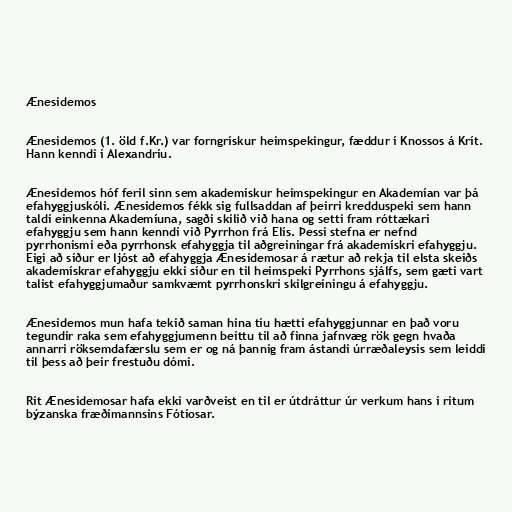
Ænesidemos

Ænesidemos (1. öld f.Kr.) var forngrískur heimspekingur, fæddur í Knossos á Krít.
Hann kenndi í Alexandríu.

Ænesidemos hóf feril sinn sem akademískur heimspekingur en Akademían var þá
efahyggjuskóli. Ænesidemos fékk sig fullsaddan af þeirri kredduspeki sem hann
taldi einkenna Akademíuna, sagði skilið við hana og setti fram róttækari
efahyggju sem hann kenndi við Pyrrhon frá Elís. Þessi stefna er nefnd
pyrrhonismi eða pyrrhonsk efahyggja til aðgreiningar frá akademískri efahyggju.
Eigi að síður er ljóst að efahyggja Ænesidemosar á rætur að rekja til elsta skeiðs
akademískrar efahyggju ekki síður en til heimspeki Pyrrhons sjálfs, sem gæti vart
talist efahyggjumaður samkvæmt pyrrhonskri skilgreiningu á efahyggju.

Ænesidemos mun hafa tekið saman hina tíu hætti efahyggjunnar en það voru
tegundir raka sem efahyggjumenn beittu til að finna jafnvæg rök gegn hvaða
annarri röksemdafærslu sem er og ná þannig fram ástandi úrræðaleysis sem leiddi
til þess að þeir frestuðu dómi.

Rit Ænesidemosar hafa ekki varðveist en til er útdráttur úr verkum hans í ritum
býzanska fræðimannsins Fótíosar.